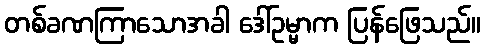
တစ်ခဏကြာသောအခါ ဒေါ်ဥမ္မာက ပြန်ဖြေသည်။